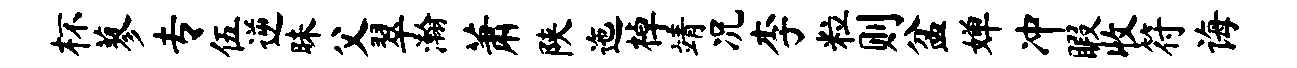
杯蓼专伍逆昧父翠瀚萧陕迤棹靖况李粒则盆婵冲暇收符诲